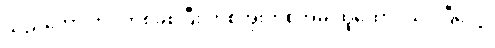
သည်တော့ ဘဝတစ်ခုစပြီး တစ်အိုးတစ်အိမ် ထူထောင်သင့်ပြီပေါ့။